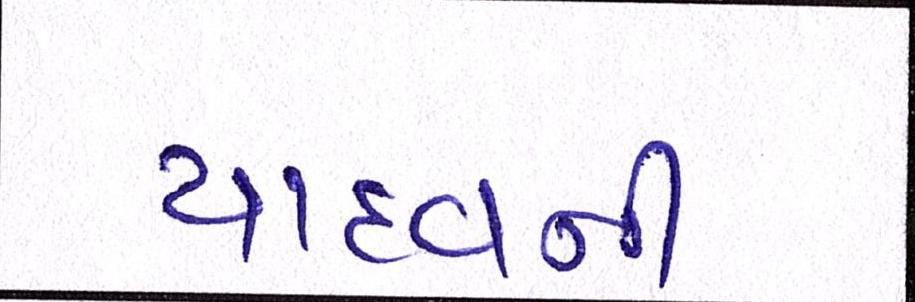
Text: યાદવની